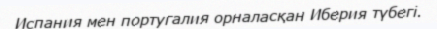
Испания мен португалия орналасқан Иберия түбегі.